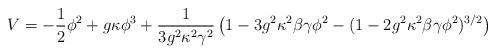
LaTeX: \begin{align*}V = -\frac{1}{2}\phi^2 + g \kappa \phi^3 +\frac{1}{3 g^2 \kappa^2 \gamma^2} \left(1 -3g^2 \kappa^2 \beta \gamma \phi^2-(1-2 g^2 \kappa^2\beta \gamma \phi^2)^{3/2} \right)\end{align*}